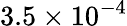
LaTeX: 3.5\times 10^{-4}